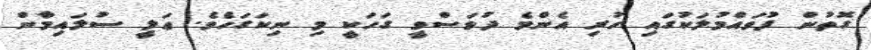
ގޮތުން ފުވައްމުލަކުގައި ހުރި އެންމެ ދުވަސްވީ ގަހަކީ މި ނިކަގަހެވެ. ޢަލީ ސުލައިމާން